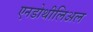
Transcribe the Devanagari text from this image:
एनडोथीलिअल